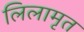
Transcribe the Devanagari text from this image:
लिलामृत